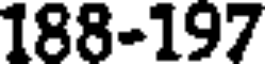
188-197